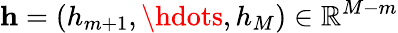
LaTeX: \mathbf{h}=(h_{m+1},\hdots,h_{M})\in\mathbb{R}^{M-m}